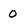
Character: 0